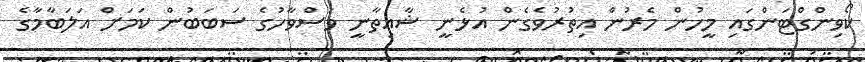
ކޯވިންގްޓަންގައި މީހުން މެރުން އިތުރުވެގެން އުޅެނީ ޝާއިތާނީ ވަސްވާހުގެ ސަބަބުން ކަމަށް އަލަބާމާގެ